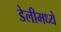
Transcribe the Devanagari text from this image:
डेलीमध्ये